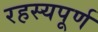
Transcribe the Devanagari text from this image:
रहस्‍यपूर्ण